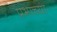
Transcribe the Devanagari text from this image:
प्रभाच्या